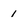
Character: 1